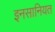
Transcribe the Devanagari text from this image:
इनसानियत